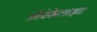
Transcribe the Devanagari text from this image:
प्रीरेफ़ेलाइट